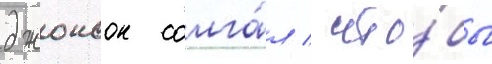
джонсон солга́л / что́бы